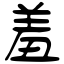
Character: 羞